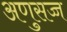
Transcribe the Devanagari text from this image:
अणुसज्ज